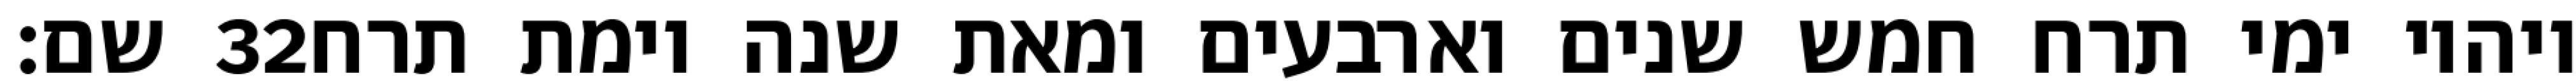
שם׃ ‎32‏ ויהיו ימי תרח חמש שנים וארבעים ומאת שנה וימת תרח